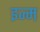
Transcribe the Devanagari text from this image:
इज्म